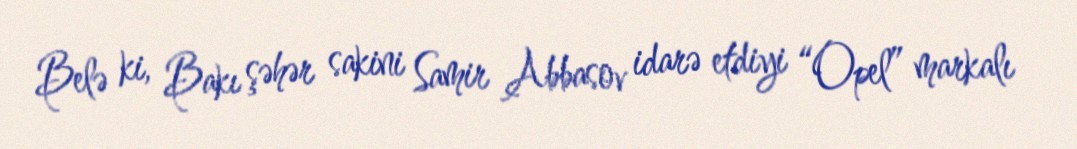
Belə ki, Bakı şəhər sakini Samir Abbasov idarə etdiyi “Opel” markalı